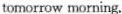
tomorrow morning.